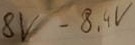
Text: 8V-8,4V